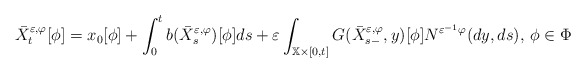
\begin{align*}\bar{X}_{t}^{\varepsilon ,\varphi }[\phi ]=x_{0}[\phi ]+\int_{0}^{t}b(\bar{X}_{s}^{\varepsilon ,\varphi })[\phi ]ds+\varepsilon \int_{\mathbb{X}\times\lbrack 0,t]}G(\bar{X}_{s-}^{\varepsilon ,\varphi },y)[\phi ]N^{\varepsilon^{-1}\varphi }(dy,ds),\,\phi \in \Phi \end{align*}